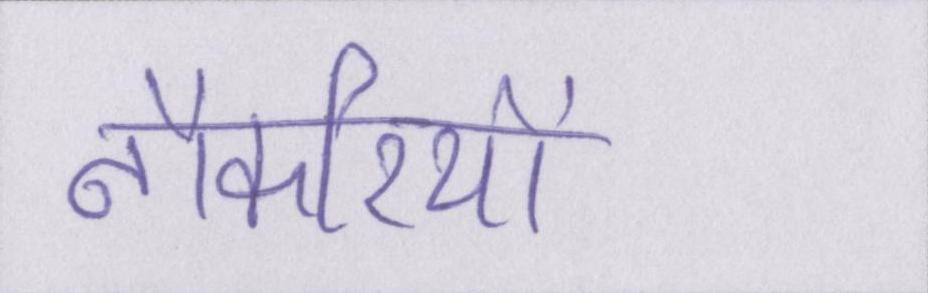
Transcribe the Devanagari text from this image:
नौकरियों